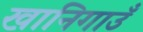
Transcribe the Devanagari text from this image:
खानिगाउँ